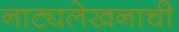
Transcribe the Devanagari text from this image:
नाट्यलेखनाची